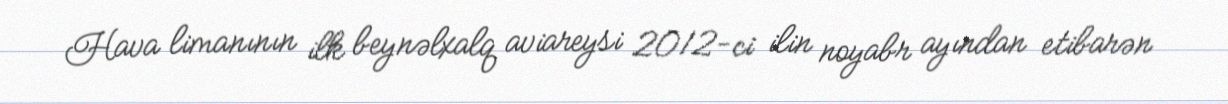
Hava limanının ilk beynəlxalq aviareysi 2012-ci ilin noyabr ayından etibarən